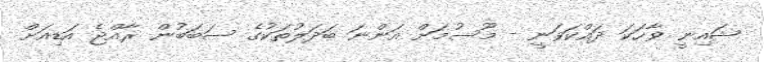
ޝައިނީ ވާހަކަ ދައްކަވަނީ - މޫސުމަށް އަންނަ ބަދަލުތަކުގެ ސަބަބުން ރާއްޖެ އަޑިއަށް